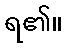
ရ၏။